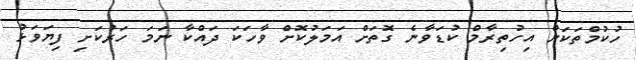
ހުކުމްތަކަށް އިހުތިރާމް ކުޑަވާނެ ގޮތަށް އަމަލުކޮށް ވާހަކަ ދައްކާ ނަމަ ހަރުކަށި ފިޔަވަޅު